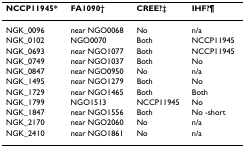
<table><thead><tr><td><b>NCCP11945*</b></td><td><b>FA1090†</b></td><td><b>CREE?‡</b></td><td><b>IHF?¶</b></td></tr></thead><tbody><tr><td>NGK_0096</td><td>near NGO0068</td><td>No</td><td>n/a</td></tr><tr><td>NGK_0102</td><td>NGO0070</td><td>Both</td><td>NCCP11945</td></tr><tr><td>NGK_0693</td><td>near NGO1077</td><td>Both</td><td>NCCP11945</td></tr><tr><td>NGK_0749</td><td>near NGO1037</td><td>Both</td><td>No</td></tr><tr><td>NGK_0847</td><td>near NGO0950</td><td>No</td><td>n/a</td></tr><tr><td>NGK_1495</td><td>near NGO1279</td><td>Both</td><td>No</td></tr><tr><td>NGK_1729</td><td>near NGO1465</td><td>Both</td><td>Both</td></tr><tr><td>NGK_1799</td><td>NGO1513</td><td>NCCP11945</td><td>No</td></tr><tr><td>NGK_1847</td><td>near NGO1556</td><td>Both</td><td>No -short</td></tr><tr><td>NGK_2170</td><td>near NGO2060</td><td>No</td><td>n/a</td></tr><tr><td>NGK_2410</td><td>near NGO1861</td><td>No</td><td>n/a</td></tr></tbody></table>